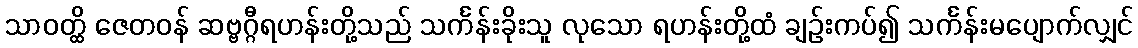
သာဝတ္ထိ ဇေတဝန် ဆဗ္ဗဂ္ဂီရဟန်းတို့သည် သင်္ကန်းခိုးသူ လုသော ရဟန်းတို့ထံ ချဉ်းကပ်၍ သင်္ကန်းမပျောက်လျှင်